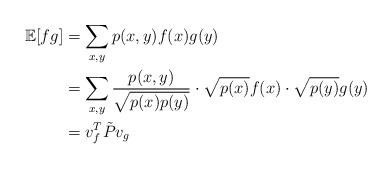
LaTeX: \begin{align*}\mathbb{E}[fg]&=\sum_{x,y}p(x,y)f(x)g(y)\\&=\sum_{x,y}\frac{ p(x,y)}{\sqrt{p(x)p(y)}}\cdot\sqrt{p(x)}f(x)\cdot \sqrt{p(y)}g(y)\\&=v_f^T \tilde P v_g\end{align*}